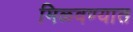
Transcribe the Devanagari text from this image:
मिळ्वण्यात